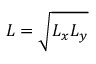
L = \sqrt { L _ { x } L _ { y } }